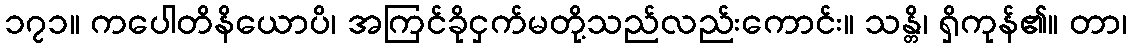
၁၇၁။ ကပေါတိနိယောပိ၊ အကြင်ခိုငှက်မတို့သည်လည်းကောင်း။ သန္တိ၊ ရှိကုန်၏။ တာ၊